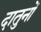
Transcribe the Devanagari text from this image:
दातुनों